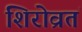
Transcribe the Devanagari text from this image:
शिरोव्रतं